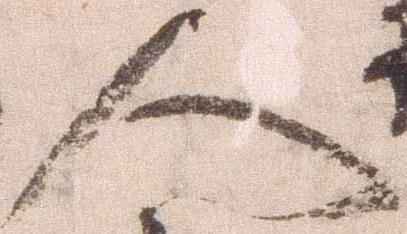
人